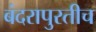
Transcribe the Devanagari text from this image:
बंदरापुरतीच